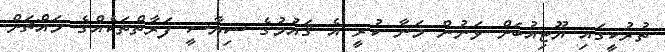
ތުރުކީގައި ޔޫޓިއުބަށް ވަނުން މަނާ ކުރީ އެ ޤައުމުގެ ސިޔާސީ ފަރާތްތަކެއްގެ މައްޗަށް